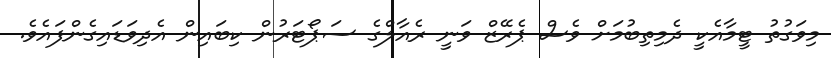
މިވަގުތު ޓީމާއެކީ ދެމިތިބުމަށް ވެސް ޕެރޭޒް ވަނީ ރެއާލްގެ ސަޕޯޓަރުން ކިބައިން އެދިވަޑައިގެންފައެވެ.